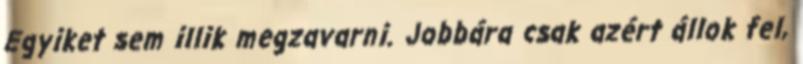
Egyiket sem illik megzavarni. Jobbára csak azért állok fel,